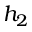
h _ { 2 }